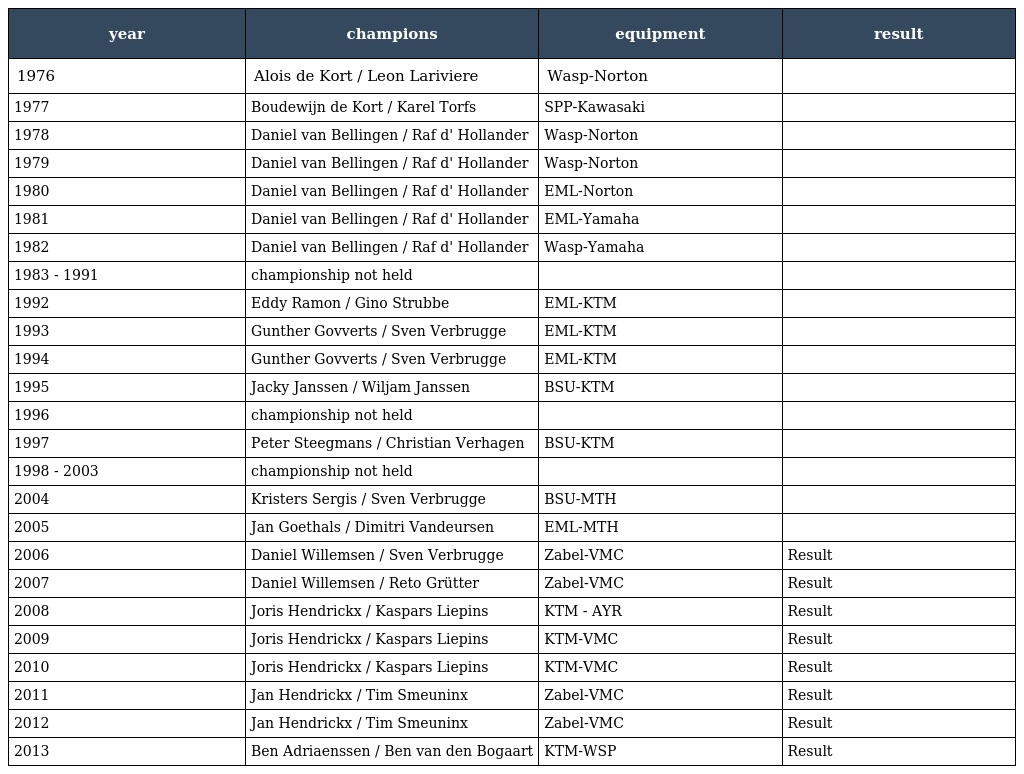
| year | champions | equipment | result |
 | --- | --- | --- | --- |
 | 1976 | Alois de Kort / Leon Lariviere | Wasp-Norton |  |
 | 1977 | Boudewijn de Kort / Karel Torfs | SPP-Kawasaki |  |
 | 1978 | Daniel van Bellingen / Raf d' Hollander | Wasp-Norton |  |
 | 1979 | Daniel van Bellingen / Raf d' Hollander | Wasp-Norton |  |
 | 1980 | Daniel van Bellingen / Raf d' Hollander | EML-Norton |  |
 | 1981 | Daniel van Bellingen / Raf d' Hollander | EML-Yamaha |  |
 | 1982 | Daniel van Bellingen / Raf d' Hollander | Wasp-Yamaha |  |
 | 1983 - 1991 | championship not held |  |  |
 | 1992 | Eddy Ramon / Gino Strubbe | EML-KTM |  |
 | 1993 | Gunther Govverts / Sven Verbrugge | EML-KTM |  |
 | 1994 | Gunther Govverts / Sven Verbrugge | EML-KTM |  |
 | 1995 | Jacky Janssen / Wiljam Janssen | BSU-KTM |  |
 | 1996 | championship not held |  |  |
 | 1997 | Peter Steegmans / Christian Verhagen | BSU-KTM |  |
 | 1998 - 2003 | championship not held |  |  |
 | 2004 | Kristers Sergis / Sven Verbrugge | BSU-MTH |  |
 | 2005 | Jan Goethals / Dimitri Vandeursen | EML-MTH |  |
 | 2006 | Daniel Willemsen / Sven Verbrugge | Zabel-VMC | Result |
 | 2007 | Daniel Willemsen / Reto Grütter | Zabel-VMC | Result |
 | 2008 | Joris Hendrickx / Kaspars Liepins | KTM - AYR | Result |
 | 2009 | Joris Hendrickx / Kaspars Liepins | KTM-VMC | Result |
 | 2010 | Joris Hendrickx / Kaspars Liepins | KTM-VMC | Result |
 | 2011 | Jan Hendrickx / Tim Smeuninx | Zabel-VMC | Result |
 | 2012 | Jan Hendrickx / Tim Smeuninx | Zabel-VMC | Result |
 | 2013 | Ben Adriaenssen / Ben van den Bogaart | KTM-WSP | Result |